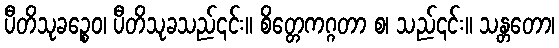
ပီတိသုခဉ္စေဝ၊ ပီတိသုခသည်၎င်း။ စိတ္တေကဂ္ဂတာ စ၊ သည်၎င်း။ သန္တတော၊